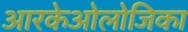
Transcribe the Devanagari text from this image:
आरकेओलोजिका